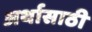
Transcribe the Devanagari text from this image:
अर्थासाठी